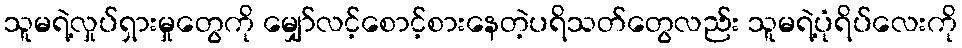
သူမရဲ့လှုပ်ရှားမှုတွေကို မျှော်လင့်စောင့်စားနေတဲ့ပရိသတ်တွေလည်း သူမရဲ့ပုံရိပ်လေးကို